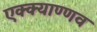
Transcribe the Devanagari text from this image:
एक्क्याण्णव